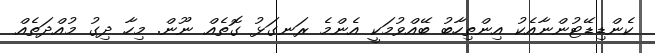
ކެންޑިޑޭޓުންނާއެކު އިންތިހާބު ބޭއްވުމަކީ އެންމެ ރަނގަޅު ގޮތެއް ނޫން. މިހާ ދިގު މުއްދަތެއް